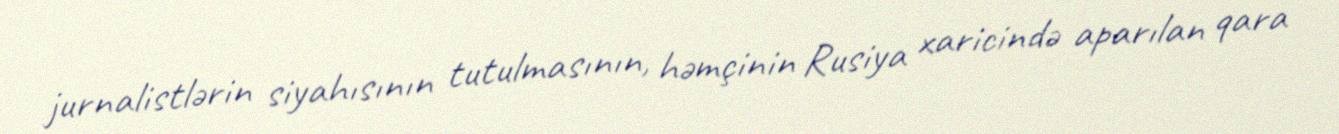
jurnalistlərin siyahısının tutulmasının, həmçinin Rusiya xaricində aparılan qara